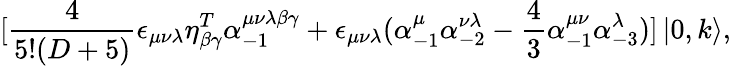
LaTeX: \lbrack\frac{4}{5!(D+5)}\epsilon_{\mu\nu\lambda}\eta_{\beta\gamma}^{T}\alpha_{-1}^{\mu\nu\lambda\beta\gamma}+\epsilon_{\mu\nu\lambda}(\alpha_{-1}^{\mu}\alpha_{-2}^{\nu\lambda}-\frac{4}{3}\alpha_{-1}^{\mu\nu}\alpha_{-3}^{\lambda})]\left\vert 0,k\right\rangle,